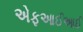
એફઆઈઆઈ